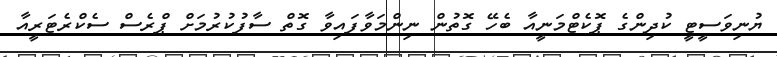
ޔުނިވަސީޓީ ކުދިންގެ ޕޮކެޓްމަނީއާ ބެހޭ ގޮތުން ނިންމަވާފައިވާ ގޮތް ސާފުކުރުމަށް ޕްރެސް ސެކްރެޓަރީއާ